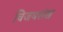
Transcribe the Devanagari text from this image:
विजयशंख